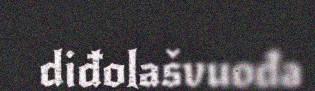
diđolašvuođa